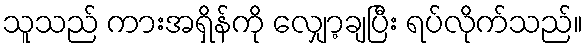
သူသည် ကားအရှိန်ကို လျှော့ချပြီး ရပ်လိုက်သည်။